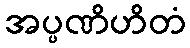
အပ္ပဏိဟိတံ